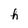
Character: h